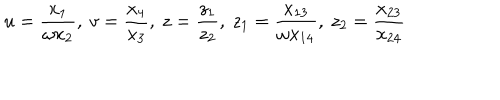
LaTeX: u = \frac { x _ { 1 } } { \omega x _ { 2 } } , ~ v = \frac { x _ { 4 } } { x _ { 3 } } , ~ z = \frac { z _ { 1 } } { z _ { 2 } } , ~ z _ { 1 } = \frac { x _ { 1 3 } } { \omega x _ { 1 4 } } , ~ z _ { 2 } = \frac { x _ { 2 3 } } { x _ { 2 4 } }